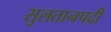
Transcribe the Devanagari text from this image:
सुलतानपदी